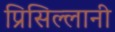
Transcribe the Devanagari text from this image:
प्रिसिल्लानी